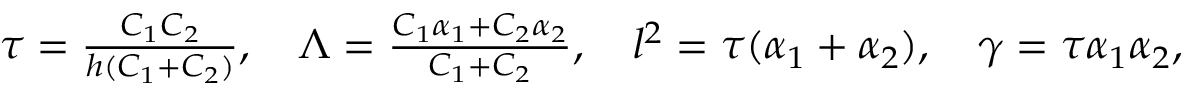
\begin{array} { r } { \tau = \frac { C _ { 1 } C _ { 2 } } { h ( C _ { 1 } + C _ { 2 } ) } , \quad \Lambda = \frac { C _ { 1 } \alpha _ { 1 } + C _ { 2 } \alpha _ { 2 } } { C _ { 1 } + C _ { 2 } } , \quad l ^ { 2 } = \tau ( \alpha _ { 1 } + \alpha _ { 2 } ) , \quad \gamma = \tau \alpha _ { 1 } \alpha _ { 2 } , } \end{array}